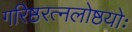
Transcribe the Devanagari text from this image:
गरिष्ठरत्नलोष्ठयोः